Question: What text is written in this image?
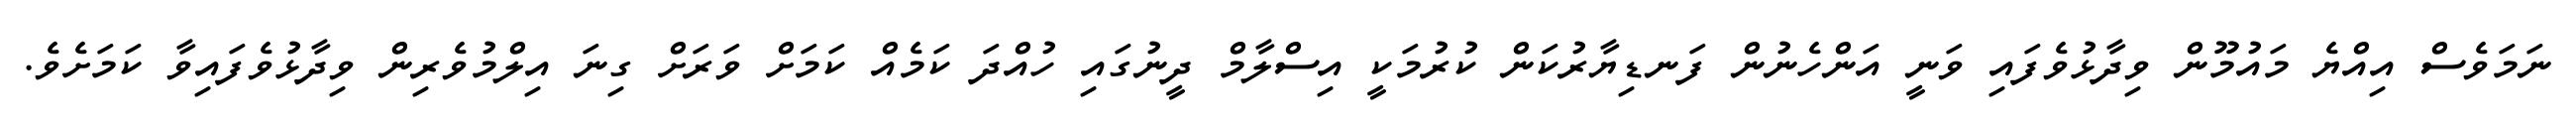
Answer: ނަމަވެސް އިއްޔެ މައުމޫން ވިދާޅުވެފައި ވަނީ އަންހެނުން ފަނޑިޔާރުކަން ކުރުމަކީ އިސްލާމް ދީނުގައި ހުއްދަ ކަމެއް ކަމަށް ވަރަށް ގިނަ އިލްމުވެރިން ވިދާޅުވެފައިވާ ކަމަށެވެ.